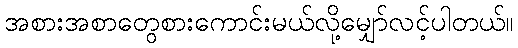
အစားအစာတွေစားကောင်းမယ်လို့မျှော်လင့်ပါတယ်။